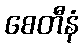
စေတီနံ